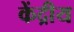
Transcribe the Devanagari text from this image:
केंद्रीय